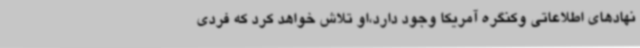
نهادهای اطلاعاتی وکنگره آمریکا وجود دارد،او تلاش خواهد کرد که فردی